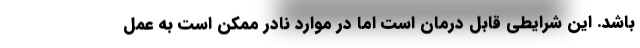
باشد. این شرایطی قابل درمان است اما در موارد نادر ممکن است به عمل